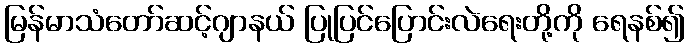
မြန်မာသံတော်ဆင့်ဂျာနယ် ပြုပြင်ပြောင်းလဲရေးတို့ကို ရေနစ်၍